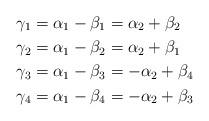
LaTeX: \begin{align*} \gamma_1&=\alpha_1-\beta_1=\alpha_2+\beta_2\\ \gamma_2&=\alpha_1-\beta_2=\alpha_2+\beta_1\\ \gamma_3&=\alpha_1-\beta_3=-\alpha_2+\beta_4\\ \gamma_4&=\alpha_1-\beta_4=-\alpha_2+\beta_3 \end{align*}